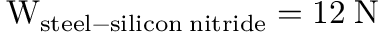
\mathrm { W _ { s t e e l - s i l i c o n \; n i t r i d e } = 1 2 \; N }